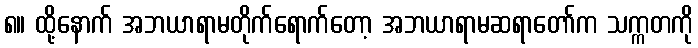
၈။ ထို့နောက် အဘယာရာမတိုက်ရောက်တော့ အဘယာရာမဆရာတော်က သက္ကတကို